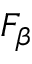
F _ { \beta }